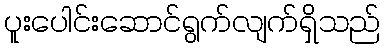
ပူးပေါင်းဆောင်ရွက်လျက်ရှိသည်